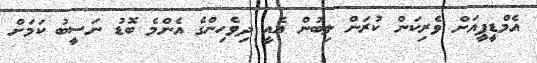
އެމްޑީޕީއަށް ވެރިކަން ކުރަން ލިބުން އެއީ ދިވެހިންގެ އެންމެ ބޮޑު ނަސީބު ކަމަށް